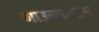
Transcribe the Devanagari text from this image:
गाउन्गजाऊ